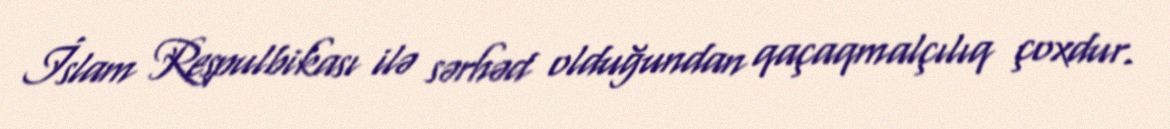
İslam Respulbikası ilə sərhəd olduğundan qaçaqmalçılıq çoxdur.